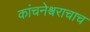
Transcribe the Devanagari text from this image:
कांचनेश्वराचाच